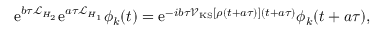
\mathrm { e } ^ { b \tau \mathcal { L } _ { H _ { 2 } } } \mathrm { e } ^ { a \tau \mathcal { L } _ { H _ { 1 } } } \phi _ { k } ( t ) = \mathrm { e } ^ { - i b \tau \mathcal { V } _ { \mathrm { K S } } [ \rho ( t + a \tau ) ] ( t + a \tau ) } \phi _ { k } ( t + a \tau ) ,